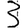
Digit: 3